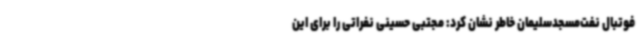
فوتبال نفت‌مسجدسلیمان خاطر نشان کرد: مجتبی حسینی نفراتی را برای این